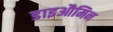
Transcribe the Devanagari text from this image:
डाइऔमिन